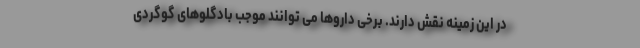
در این زمینه نقش دارند. برخی داروها می توانند موجب بادگلوهای گوگردی